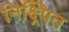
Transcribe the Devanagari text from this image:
निक्ष्र्पित